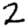
Digit: 2